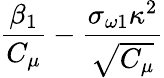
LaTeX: \frac{\beta_{1}}{C_{\mu}}-\frac{\sigma_{\omega 1}\kappa^{2}}{\sqrt{C_{\mu}}}